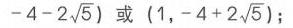
\(-4 - 2\sqrt{5})\) 或 \((1, - 4 + 2\sqrt{5})\);